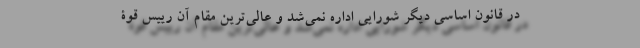
در قانون اساسی دیگر شورایی اداره نمی‌شد و عالی‌ترین مقام آن رییس قوۀ